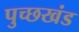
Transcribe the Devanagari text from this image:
पुच्छखंड